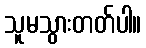
သူမသွားတတ်ပါ။